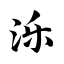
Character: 泺